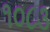
૧૦૮૩